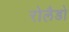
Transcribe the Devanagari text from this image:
रोलैडो